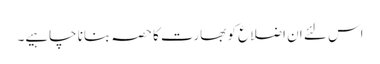
اس لئے ان اضلاع کو بھارت کا حصہ بنانا چاہیے۔